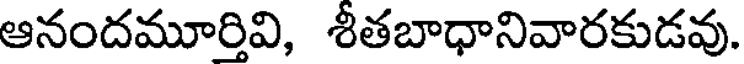
ఆనందమూర్తివి, శీతబాధానివారకుడవు.